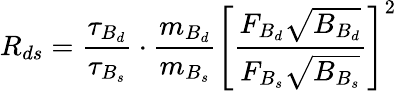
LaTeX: R_{ds}=\frac{\tau_{B_{d}}}{\tau_{B_{s}}}\cdot\frac{m_{B_{d}}}{m_{B_{s}}}\left[\frac{F_{B_{d}}\sqrt{B_{B_{d}}}}{F_{B_{s}}\sqrt{B_{B_{s}}}}\right]^{2}